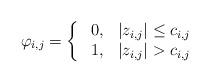
LaTeX: \begin{align*}\varphi_{i,j}=\left\{\ \begin{array}{ll} 0,&|z_{i,j}|\leq c_{i,j}\\1,&|z_{i,j}|> c_{i,j}\end{array}\right.\end{align*}